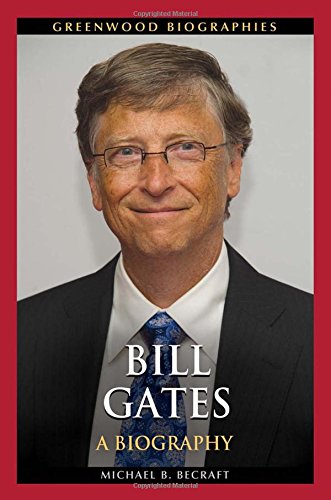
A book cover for Bill Gates: A Biography (Greenwood Biographies); Michael B. Becraft; Computers & Technology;